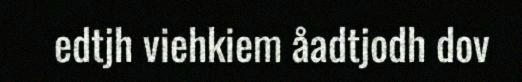
edtjh viehkiem åadtjodh dov